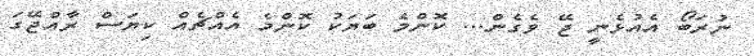
ނުރަބޯ އެއުޅެނީ ޖޭ ވެގެން... ކޮންމެ ބަޔަކު ކޮންމެ އެއްޗެއް ކިޔަސް ރާއްޖޭގަ